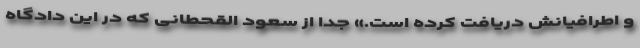
و اطرافیانش دریافت کرده است.» جدا از سعود القحطانی که در این دادگاه